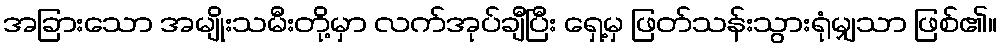
အခြားသော အမျိုးသမီးတို့မှာ လက်အုပ်ချီပြီး ရှေ့မှ ဖြတ်သန်းသွားရုံမျှသာ ဖြစ်၏။